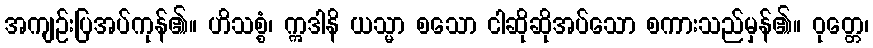
အကျဉ်းပြအပ်ကုန်၏။ ဟိသစ္စံ၊ ဣဒါနိ ယသ္မာ စသော ငါဆိုဆိုအပ်သော စကားသည်မှန်၏။ ဝုတ္တေ၊